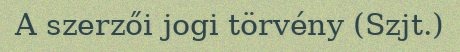
A szerzői jogi törvény (Szjt.)